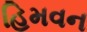
હિમવન